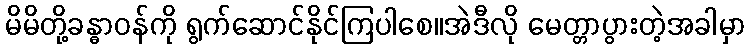
မိမိတို့ခန္ဓာဝန်ကို ရွက်ဆောင်နိုင်ကြပါစေ။အဲဒီလို မေတ္တာပွားတဲ့အခါမှာ